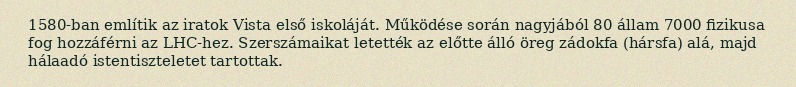
1580-ban említik az iratok Vista első iskoláját. Működése során nagyjából 80 állam 7000 fizikusa fog hozzáférni az LHC-hez. Szerszámaikat letették az előtte álló öreg zádokfa (hársfa) alá, majd hálaadó istentiszteletet tartottak.